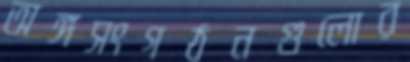
অঙ্গসংগঠনগুলোর